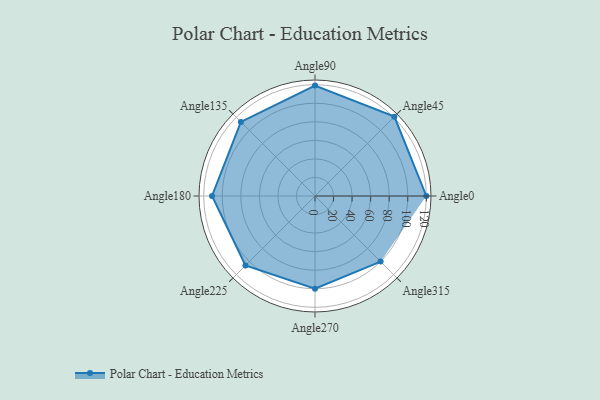
{"axis": {"x": "Angle", "y": "Radius"}, "legend": [""], "data": [{"x": "Angle0", "y": 120.0, "type": ""}, {"x": "Angle45", "y": 121.0, "type": ""}, {"x": "Angle90", "y": 119.0, "type": ""}, {"x": "Angle135", "y": 113.0, "type": ""}, {"x": "Angle180", "y": 111.0, "type": ""}, {"x": "Angle225", "y": 106.0, "type": ""}, {"x": "Angle270", "y": 100.0, "type": ""}, {"x": "Angle315", "y": 100.0, "type": ""}]}